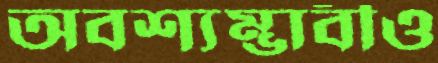
অবশ্যম্ভাবীও